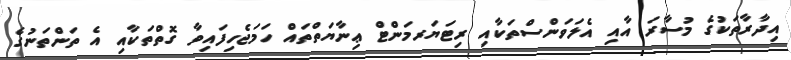
އިދާރާތަކުގެ މުސާރަ އާއި އެލަވަންސްތަކާއި ރިޓަޔަރމަންޓް ޢިނާޔަތްތައް ހަމަޖެހިފައިވާ ގޮތްތަކާއި އެ ތަންތަނުގެ